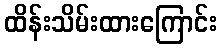
ထိန်းသိမ်းထားကြောင်း